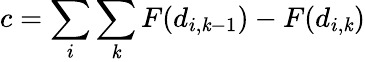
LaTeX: c=\sum_{i}\sum_{\mathit{k}}F(d_{i,\mathit{k}-1})-F(d_{i,\mathit{k}})